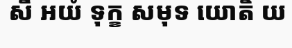
សឹ អយំ ទុក្ខ សមុទ យោតិ យ